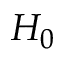
H _ { 0 }